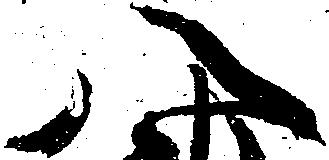
八